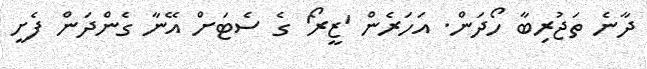
ދާނެ ތަޖުރިބާ ހޯދަން. އަހަރެން 'ޒީރޯ' ގެ ސެޓަށް އޭނާ ގެންދަން ފެށީ